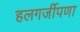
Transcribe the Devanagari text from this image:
हलगर्जीपणा